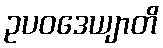
ဥပဝဒေယျာတိ